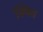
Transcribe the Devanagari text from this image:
स्थित